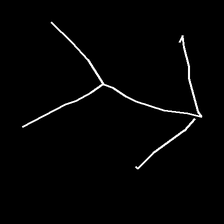
Glyph: gather